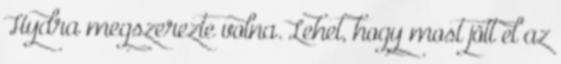
Hydra megszerezte volna. Lehet, hogy most jött el az